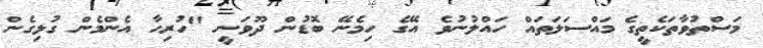
މަސްތުވާތަކެތީގެ މައްސަލަތައް ހައްލުނުވެ އޭގެ ހިމެނޭ ބޮޑުން ދޫވަނީ "ހުރިހާ އެންމެން ގުޅިގެން